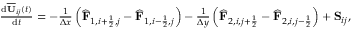
\begin{array} { r } { \frac { \mathrm { d } \overline { { \mathbf { U } } } _ { i j } ( t ) } { \mathrm { d } t } = - \frac { 1 } { \Delta x } \left( \widehat { \mathbf { F } } _ { 1 , i + \frac { 1 } { 2 } , j } - \widehat { \mathbf { F } } _ { 1 , i - \frac { 1 } { 2 } , j } \right) - \frac { 1 } { \Delta y } \left( \widehat { \mathbf { F } } _ { 2 , i , j + \frac { 1 } { 2 } } - \widehat { \mathbf { F } } _ { 2 , i , j - \frac { 1 } { 2 } } \right) + { \mathbf { S } } _ { i j } , } \end{array}